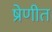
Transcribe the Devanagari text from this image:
ष्रेणीत